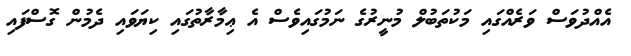
އެއްދުވަސް ވަރެއްގައި މަކުތަބުލް މުނީރުގެ ނަމުގައިވެސް އެ ޢިމާރާތުގައި ކިޔަވައި ދެމުން ގޮސްފައި